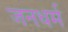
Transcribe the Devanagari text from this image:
जनधर्म